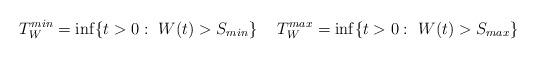
LaTeX: \begin{align*}T^{min}_W=\inf\{t>0: \ W(t)>S_{min}\} && T^{max}_W=\inf\{t>0: \ W(t)>S_{max}\}\end{align*}